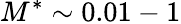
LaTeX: M^{*}\sim 0.01-1